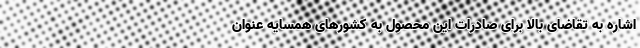
اشاره به تقاضای بالا برای صادرات این محصول به کشورهای همسایه عنوان